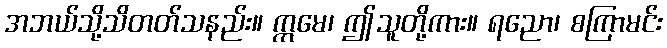
အဘယ်သို့သိတတ်သနည်း။ ဣမေ၊ ဤသူတို့ကား။ ရညော၊ စကြာမင်း